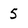
Character: 5